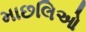
માછલિઓ